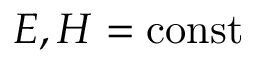
{ \cal E } , { \cal H } = \mathrm { c o n s t }